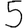
Digit: 5